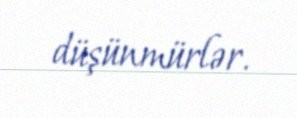
düşünmürlər.